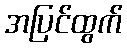
အပြင်ထွက်